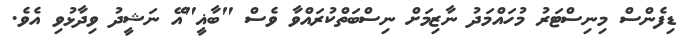
ޑިފެންސް މިނިސްޓަރު މުހައްމަދު ނާޒިމަށް ނިސްބަތްކުރައްވާ ވެސް "ބާޣީ"އޭ ނަޝީދު ވިދާޅުވި އެވެ.